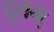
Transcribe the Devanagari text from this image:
दूतम्